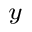
_ y